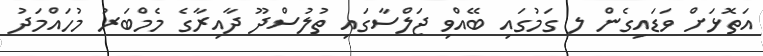
އަތޮޅަށް ވަޑައިގެން ލ ގަމުގައި ބޭއްވި ޖަލްސާގައި ތުލުސްދޫ ދާއިރާގެ މެމްބަރު މުހައްމަދު